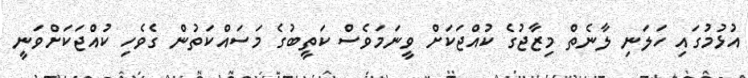
އުޅުމުގައި ހަލަނި ލާނެތް މިޒާޖުގެ ކުއްޖަކަށް ވީނަމަވެސް ކަތީބުގެ މަސައްކަތުން ގެވެހި ކުއްޖަކަށްވަނީ